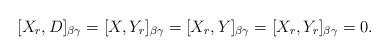
LaTeX: \begin{align*}[X_r,D]_{\beta \gamma}=[X,Y_{r}]_{\beta \gamma}=[X_{r},Y]_{\beta \gamma}=[X_{r},Y_r]_{\beta \gamma}=0.\end{align*}